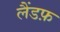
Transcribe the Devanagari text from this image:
लैंडफ़